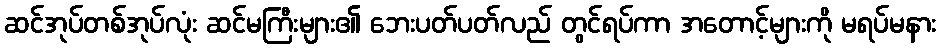
ဆင်အုပ်တစ်အုပ်လုံး ဆင်မကြီးများ၏ ဘေးပတ်ပတ်လည် တွင်ရပ်ကာ အတောင့်များကို မရပ်မနား